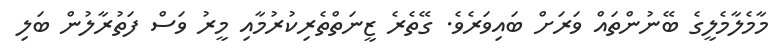
މާމެލާމެލީގެ ބޭނުންތައް ވަރަށް ބައިވަރެވެ. ގޭތެރެ ޒީނަތްތެރިކުރުމާއި މީރު ވަސް ފަތުރާލުން ބަލި